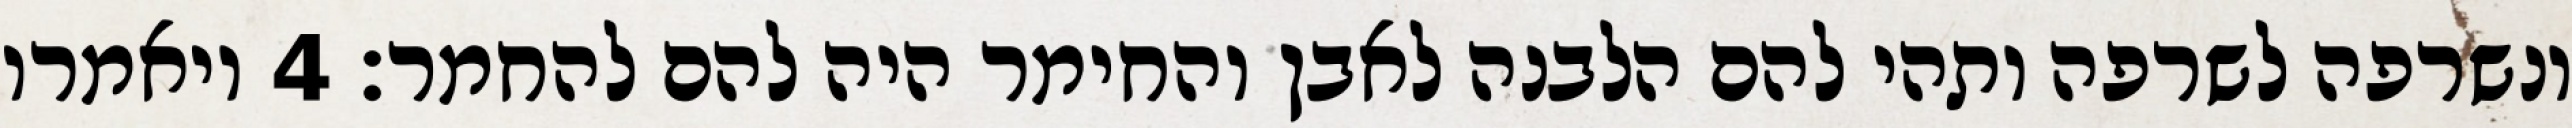
ונשרפה לשרפה ותהי להם הלבנה לאבן והחימר היה להם להחמר׃ ‎4‏ ויאמרו